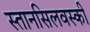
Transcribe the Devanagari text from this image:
स्तानसिलवस्की